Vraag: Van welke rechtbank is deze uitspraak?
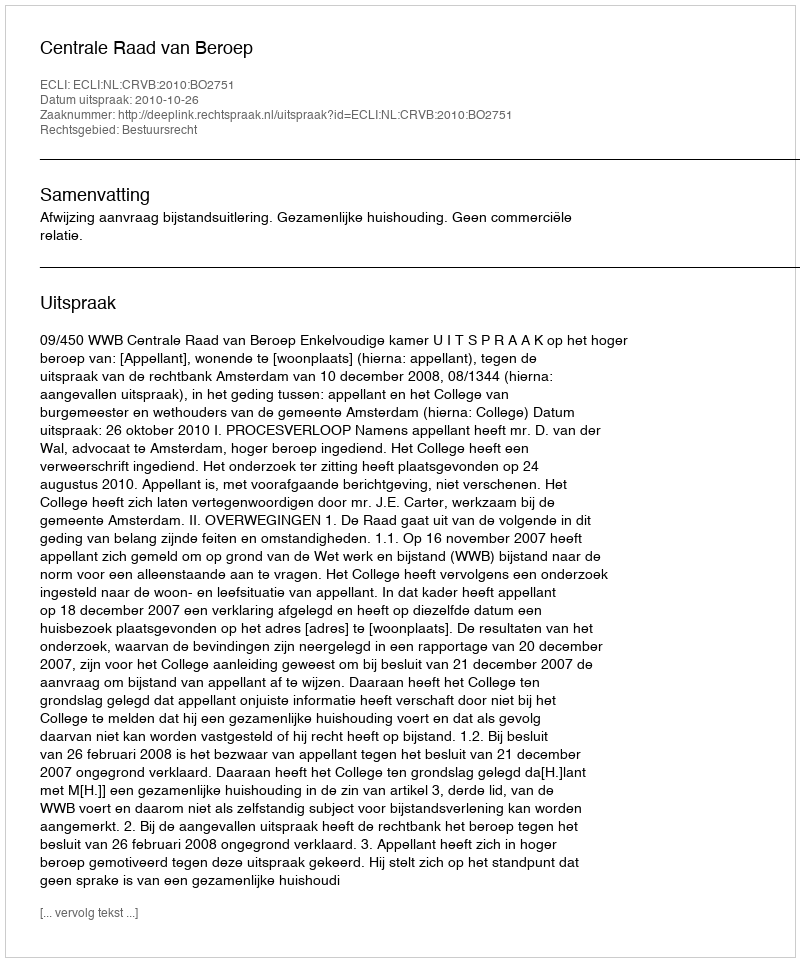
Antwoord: Centrale Raad van Beroep